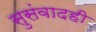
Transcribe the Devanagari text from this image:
सुसंवादही